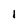
Character: 1